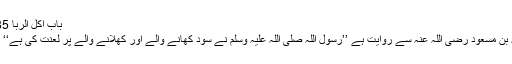
باب اکل الربا 2085)
عبداللہ بن مسعود رضی اللہ عنہ سے روایت ہے ’’رسول اللہ صلی اللہ علیہ وسلم نے سود کھانے والے اور کھلانے والے پر لعنت کی ہے‘‘ (مسلم۔